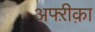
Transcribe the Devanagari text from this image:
अफ्ऱीक़ा